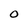
Character: 0